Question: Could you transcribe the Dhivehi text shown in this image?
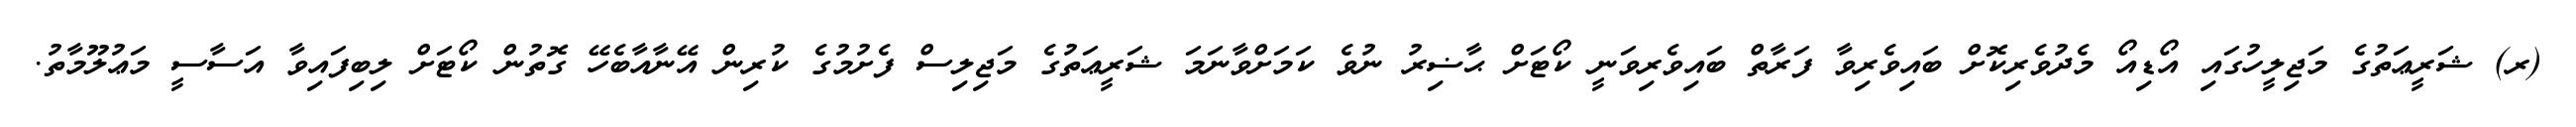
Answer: (ރ) ޝަރީޢަތުގެ މަޖިލީހުގައި އޯޑިއޯ މެދުވެރިކޮށް ބައިވެރިވާ ފަރާތް ބައިވެރިވަނީ ކޯޓަށް ޙާޟިރު ނުވެ ކަމަށްވާނަމަ ޝަރީޢަތުގެ މަޖިލިސް ފެށުމުގެ ކުރިން އޭނާއާބެހޭ ގޮތުން ކޯޓަށް ލިބިފައިވާ އަސާސީ މަޢުލޫމާތު.